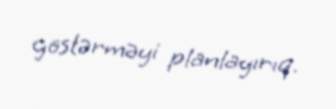
göstərməyi planlayırıq.